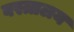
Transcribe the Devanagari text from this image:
वस्त्रालय